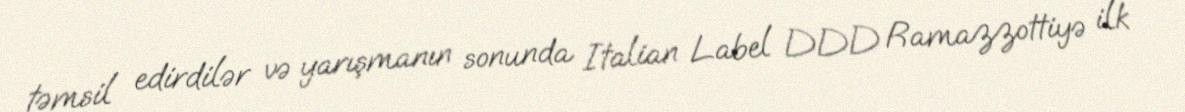
təmsil edirdilər və yarışmanın sonunda Italian Label DDD Ramazzottiyə ilk